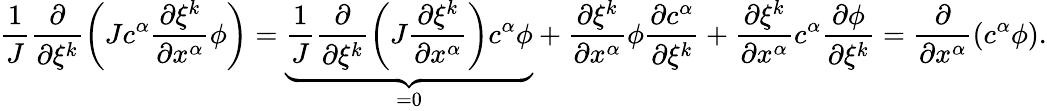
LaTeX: \frac{1}{J}\frac{\partial}{\partial\xi^{k}}\left(Jc^{\alpha}\frac{\partial\xi^{k}}{\partial x^{\alpha}}\phi\right)=\underbrace{\frac{1}{J}\frac{\partial}{\partial\xi^{k}}\left(J\frac{\partial\xi^{k}}{\partial x^{\alpha}}\right)c^{\alpha}\phi}_{=0}+\frac{\partial\xi^{k}}{\partial x^{\alpha}}\phi\frac{\partial c^{\alpha}}{\partial\xi^{k}}+\frac{\partial\xi^{k}}{\partial x^{\alpha}}c^{\alpha}\frac{\partial\phi}{\partial\xi^{k}}=\frac{\partial}{\partial x^{\alpha}}\left(c^{\alpha}\phi\right).